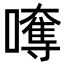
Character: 𡁯